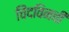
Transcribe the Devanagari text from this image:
चिंदविनची